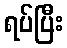
ရပ်ပြီး